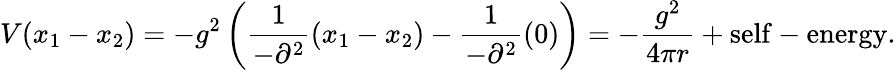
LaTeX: V(x_{1}-x_{2})=-g^{2}\left(\frac{1}{-\partial^{2}}(x_{1}-x_{2})-\frac{1}{-\partial^{2}}(0)\right)=-\frac{g^{2}}{4\pi r}+\mathrm{self-energy}.